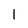
Character: 1